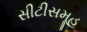
સીટીસમૂહ